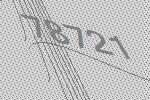
78721